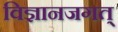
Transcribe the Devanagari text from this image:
विज्ञानजगत्‌